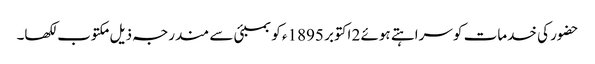
حضور کی خدمات کو سراہتے ہوئے 2 اکتوبر 1895ء کو بمبئی سے مندرجہ ذیل مکتوب لکھا۔